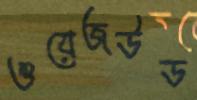
ওয়েজউড